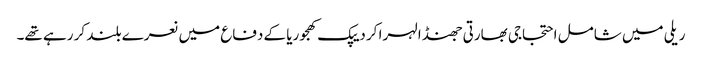
ریلی میں شامل احتجاجی بھارتی جھنڈا لہرا کر دیپک کھجوریا کے دفاع میں نعرے بلند کر رہے تھے۔